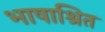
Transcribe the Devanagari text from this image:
भाषाश्रित